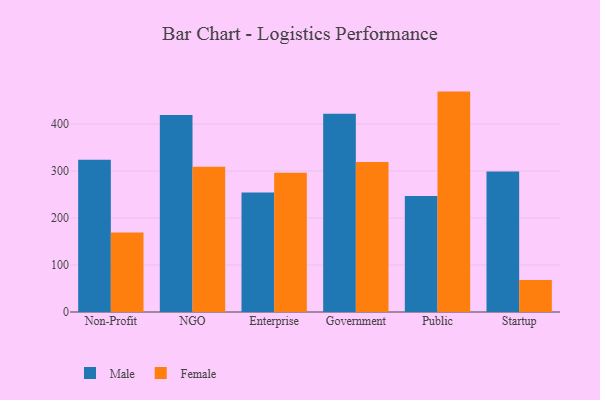
{"axis": {"x": "Segment", "y": "Shipments"}, "legend": ["Female", "Male"], "data": [{"x": "Non-Profit", "y": 323.8, "type": "Male"}, {"x": "Non-Profit", "y": 169.3, "type": "Female"}, {"x": "NGO", "y": 419.2, "type": "Male"}, {"x": "NGO", "y": 308.9, "type": "Female"}, {"x": "Enterprise", "y": 254.4, "type": "Male"}, {"x": "Enterprise", "y": 296.0, "type": "Female"}, {"x": "Government", "y": 421.8, "type": "Male"}, {"x": "Government", "y": 319.0, "type": "Female"}, {"x": "Public", "y": 246.8, "type": "Male"}, {"x": "Public", "y": 468.8, "type": "Female"}, {"x": "Startup", "y": 299.1, "type": "Male"}, {"x": "Startup", "y": 68.3, "type": "Female"}]}